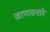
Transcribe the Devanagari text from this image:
जाणवनारे